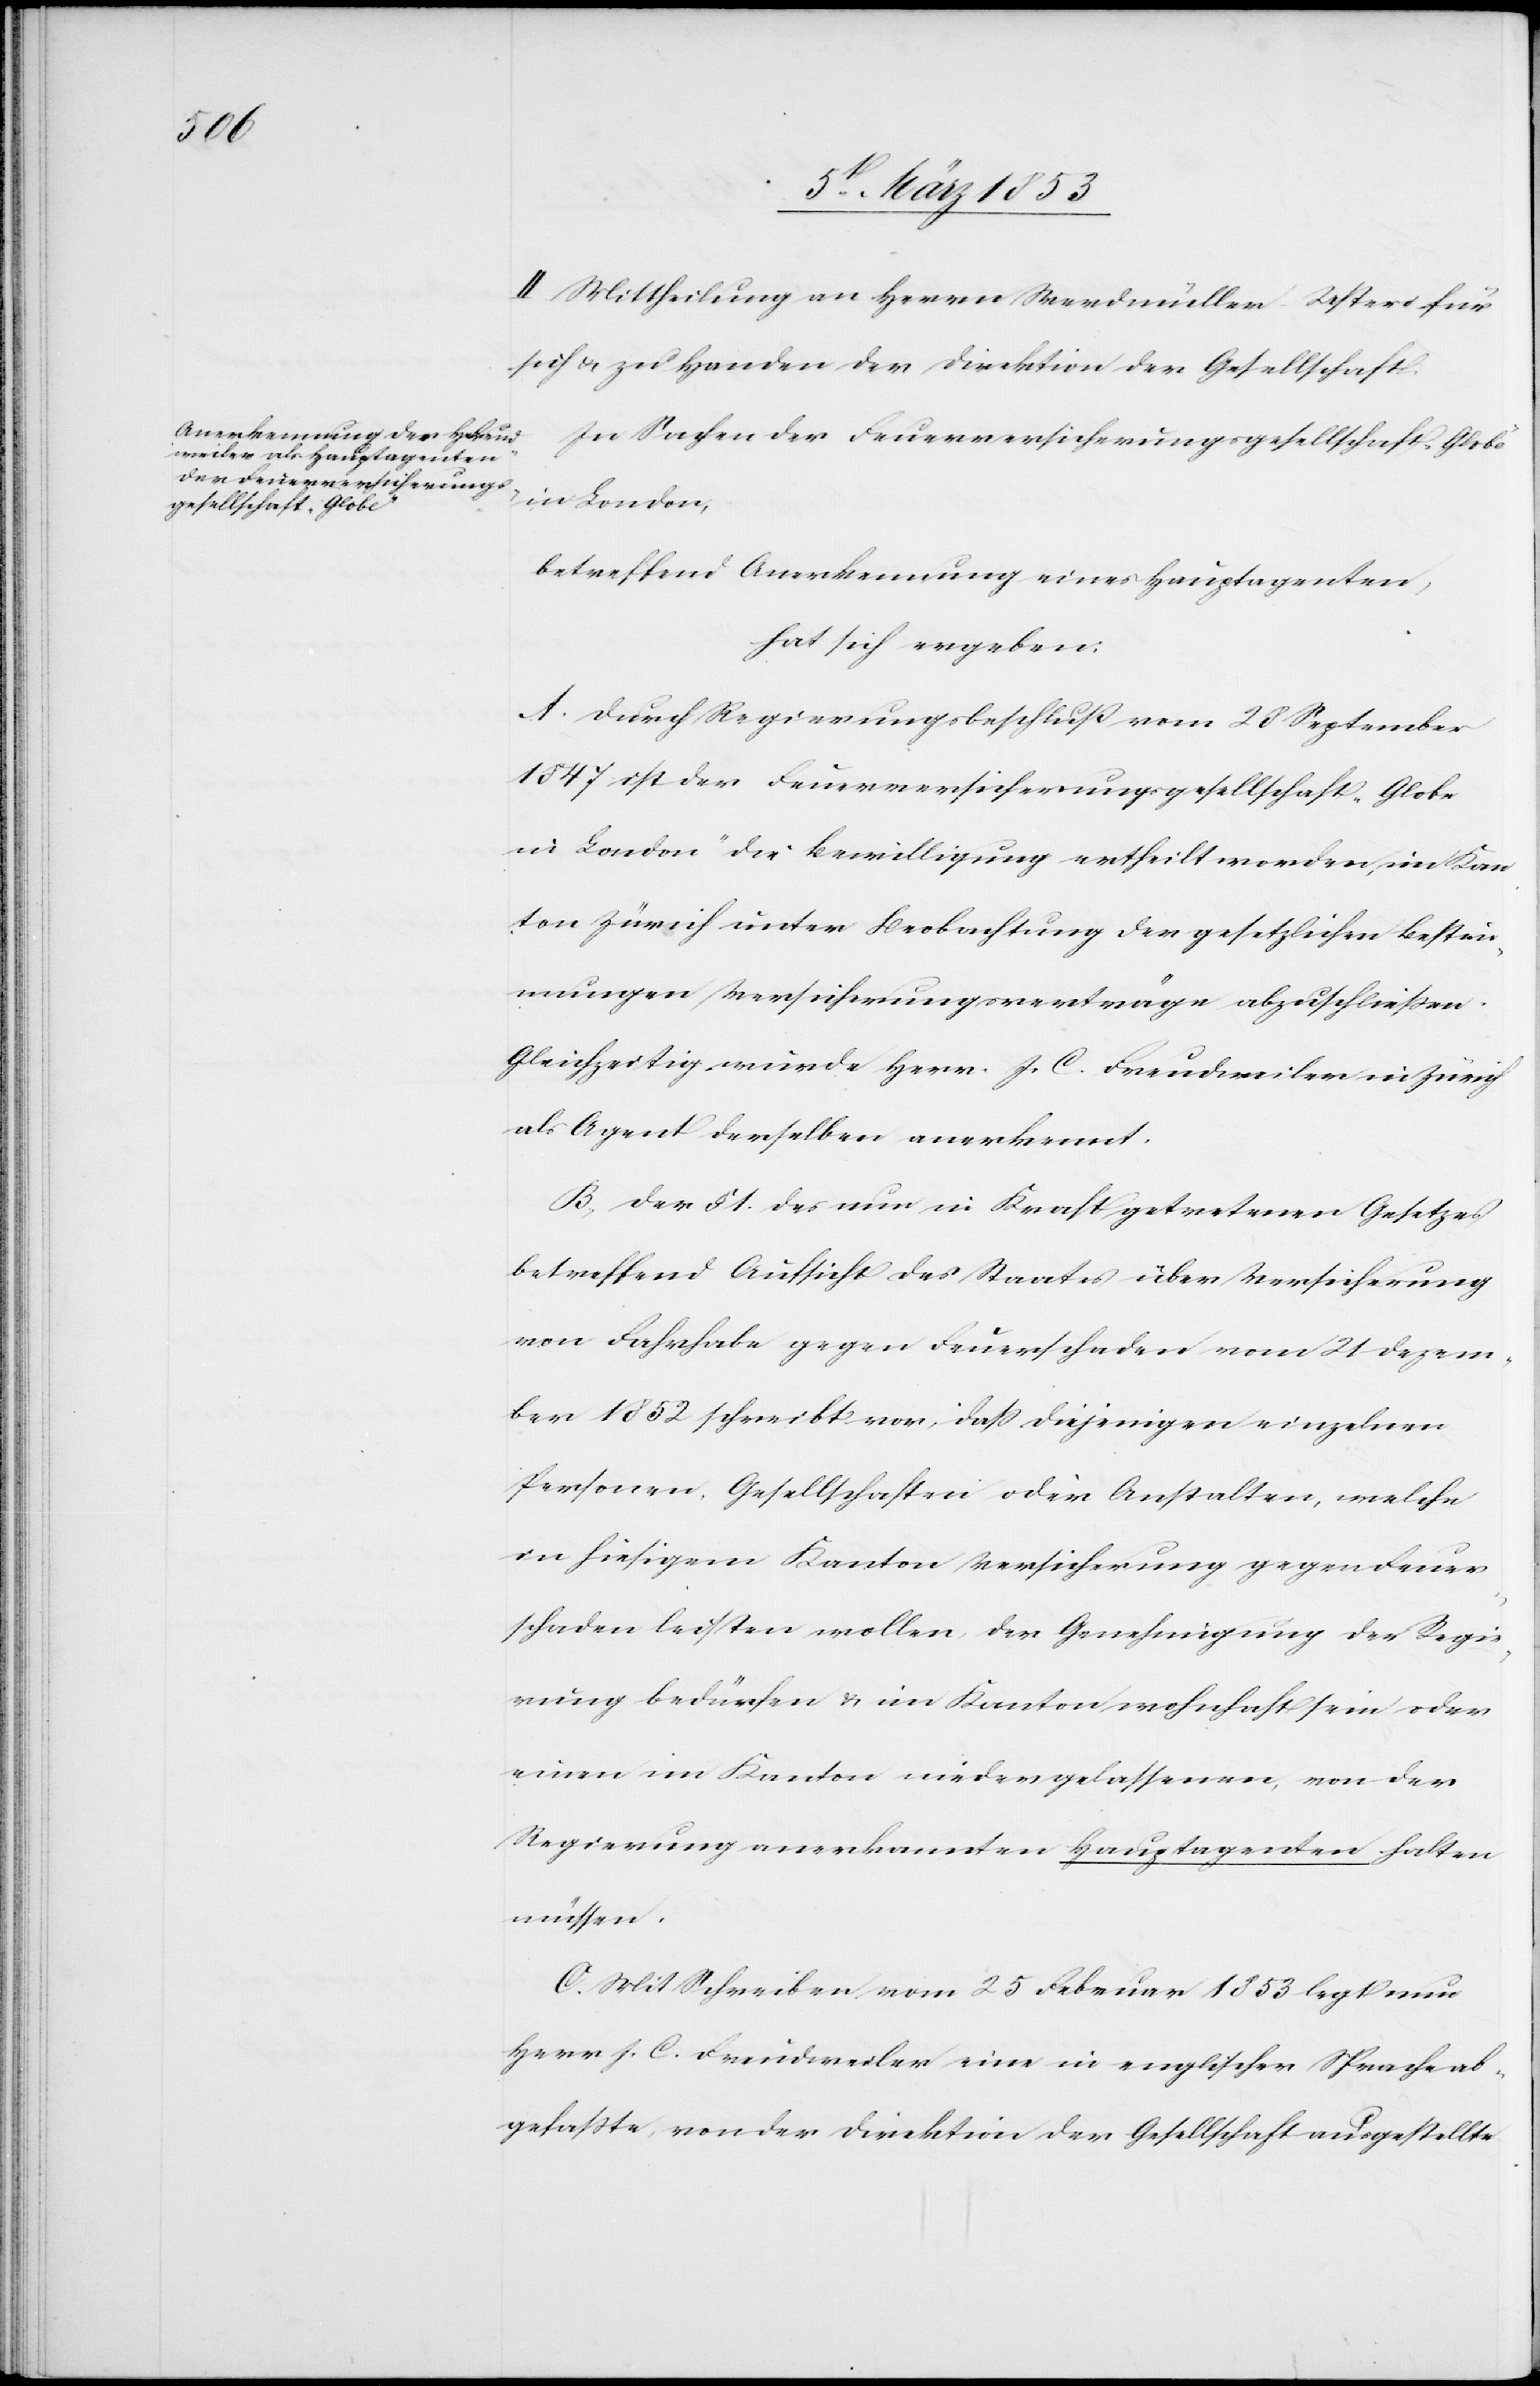
II. Mittheilung an Herrn Werdmüller-Usteri für
sich u. zu Handen der Direktion der Gesellschaft.
In Sachen der Feuerversicherungsgesellschaft „Globe“
in London,
betreffend Anerkennung eines Hauptagenten,
hat sich ergeben:
Durch Regierungsbeschluß vom 28 September
1847 ist der Feuerversicherungsgesellschaft „Globe
in London“ die Bewilligung ertheilt worden, im Kan¬
ton Zürich unter Beobachtung der gesetzlichen Bestim¬
mungen Versicherungsverträge abzuschließen.
Gleichwertig wurde Herr J. C. Freudweiler in Zürich
als Agent derselben anerkannt.
Der § 1. des nun in Kraft getretenen Gesetzes
betreffend Aufsicht des Staates über Versicherung
von Fahrhabe gegen Feuerschaden vom 21 Dezem¬
ber 1852 schreibt vor, daß diejenigen einzelnen
Personen, Gesellschaften oder Anstalten, welche
in hiesigem Kanton Versicherung gegen Feuer¬
schaden leisten wollen, der Genehmigung der Regie¬
rung bedürfen u. im Kanton wohnhaft sein oder
einen im Kanton niedergelassenen, von der
Regierung anerkannten Hauptagenten halten
müssen.
Mit Schreiben vom 25 Februar 1853 legt nun
Herr J. C. Freudweiler eine in englischer Sprache ab¬
gefaßte, von der Direktion der Gesellschaft ausgestellte